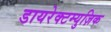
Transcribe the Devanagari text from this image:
डायरेक्टम्युज़िक